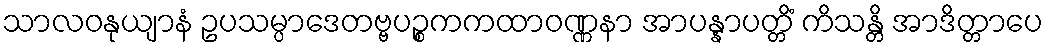
သာလဝနုယျာနံ ဥပသမ္ပာဒေတဗ္ဗပဉ္စကကထာဝဏ္ဏနာ အာပန္နာပတ္တိံ ကိသန္တိ အာဒိတ္တာပေ